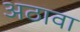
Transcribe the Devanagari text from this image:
अठावा